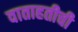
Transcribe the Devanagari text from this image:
वाताहतीची